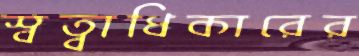
স্বত্বাধিকারের